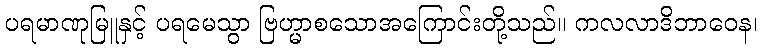
ပရမာဏုမြူနှင့် ပရမေသွာ ဗြဟ္မာစသောအကြောင်းတို့သည်။ ကလလာဒိဘာဝေန၊